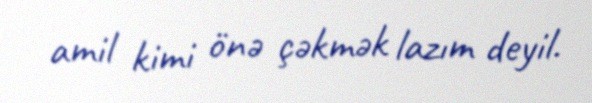
amil kimi önə çəkmək lazım deyil.